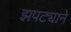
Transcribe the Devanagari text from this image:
झपट्याने